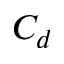
C _ { d }